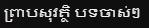
ព្រាបសុវត្ថិ បទចាស់ៗ